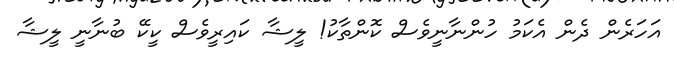
އަހަރެން ދެން އެކަމު ހުންނާނީވެސް ކޮންތާކު! ލީޝާ ކައިރީވެސް ކީކޭ ބުނާނީ ލީޝާ